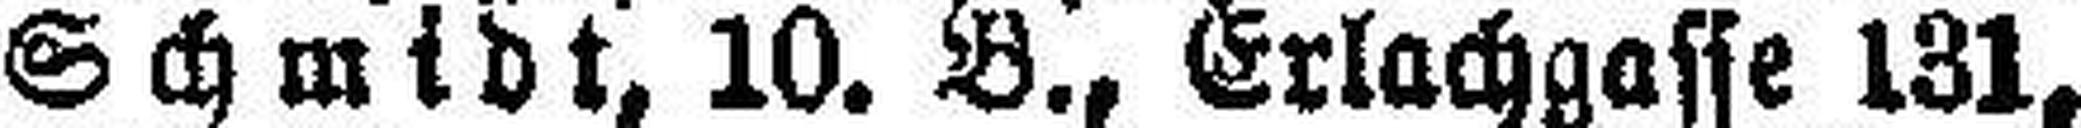
Schmidt, 10. B., Erlachgasse 131,